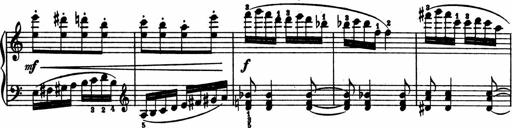
Title: 2 Sonatinen
Composer: Lambertus Adrianus van Tetterode